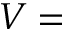
V =